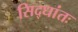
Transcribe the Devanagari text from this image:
सिद्धांतः